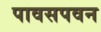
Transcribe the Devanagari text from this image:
पावसपवन